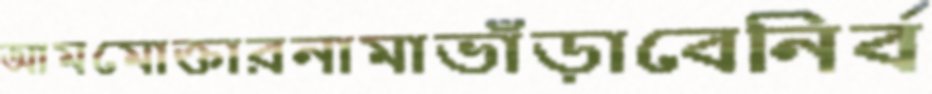
আমমোক্তারনামাভাঁড়াবেনির্ব